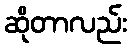
ဆိုတာလည်း